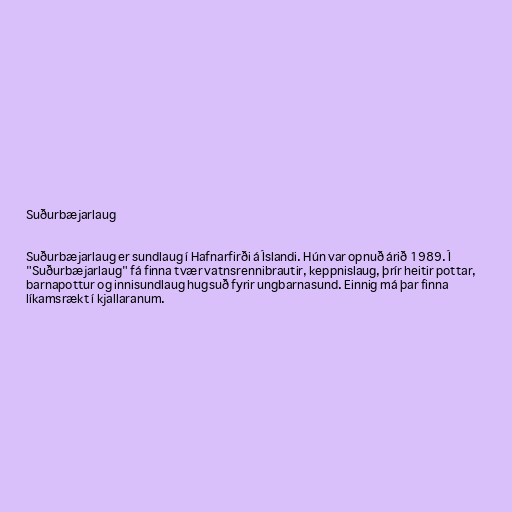
Suðurbæjarlaug

Suðurbæjarlaug er sundlaug í Hafnarfirði á Íslandi. Hún var opnuð árið 1989. Í
"Suðurbæjarlaug" fá finna tvær vatnsrennibrautir, keppnislaug, þrír heitir pottar,
barnapottur og innisundlaug hugsuð fyrir ungbarnasund. Einnig má þar finna
líkamsrækt í kjallaranum.